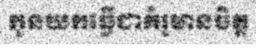
កូនយកធ្វើជាគំរូមានចិត្ត